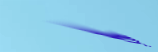
Best Prices